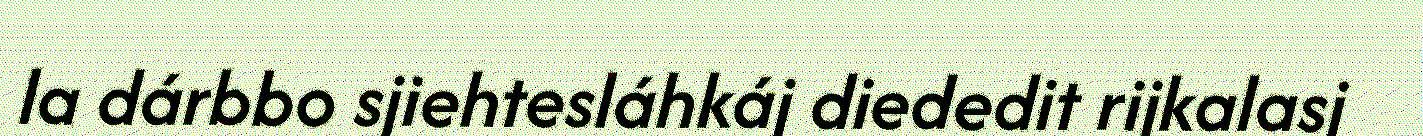
la dárbbo sjiehtesláhkáj diededit rijkalasj